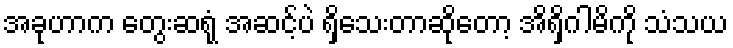
အခုဟာက တွေးဆရုံ အဆင့်ပဲ ရှိသေးတာဆိုတော့ အိရှိဂါမိကို သံသယ